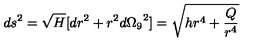
d s ^ { 2 } = \sqrt { H } [ d r ^ { 2 } + r ^ { 2 } { d \Omega _ { 9 } } ^ { 2 } ] = \sqrt { h r ^ { 4 } + \frac { Q } { r ^ { 4 } } }